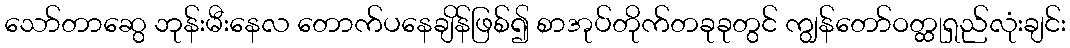
သော်တာဆွေ ဘုန်းမီးနေလ တောက်ပနေချိန်ဖြစ်၍ စာအုပ်တိုက်တခုခုတွင် ကျွန်တော်ဝတ္ထုရှည်လုံးချင်း